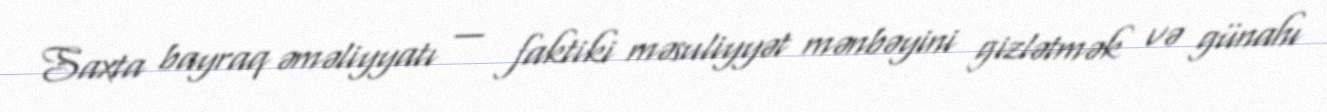
Saxta bayraq əməliyyatı — faktiki məsuliyyət mənbəyini gizlətmək və günahı